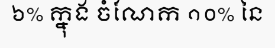
៦% ក្នុង ចំណែក ១០% នៃ